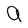
Character: a